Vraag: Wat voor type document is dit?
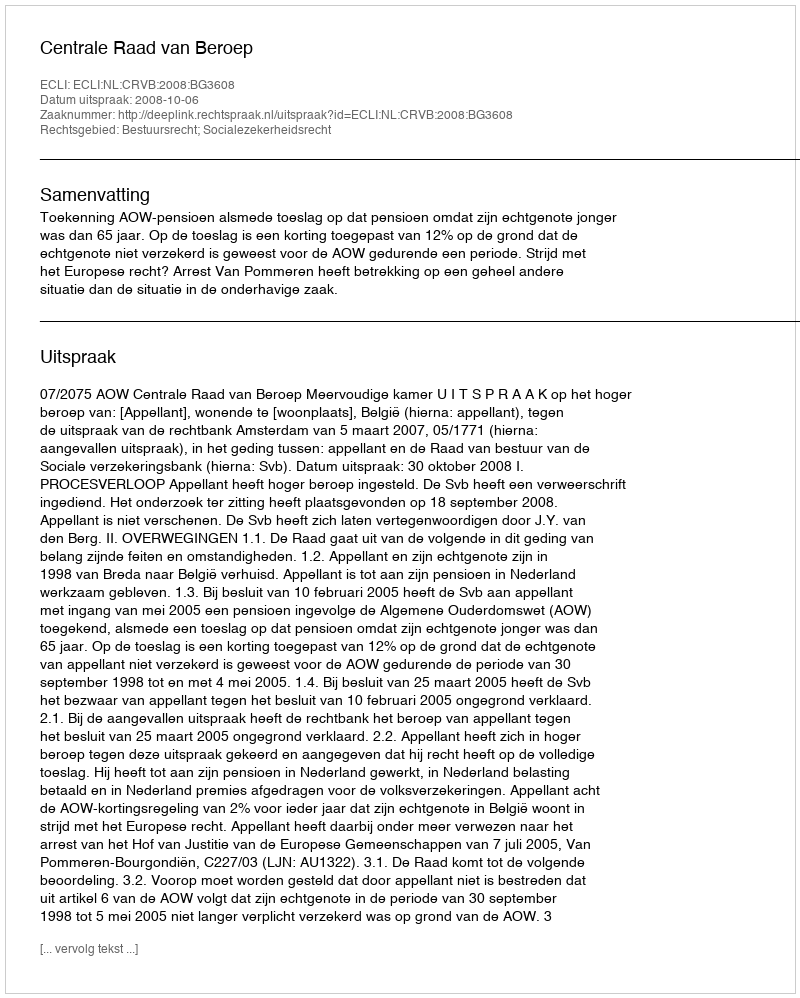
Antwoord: Uitspraak